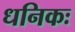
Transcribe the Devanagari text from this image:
धनिकः